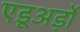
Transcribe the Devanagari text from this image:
एडूअर्ड़ो